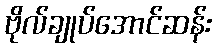
ဗိုလ်ချုပ်အောင်ဆန်း